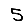
Digit: 5